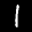
Label: 1